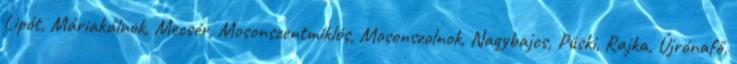
Lipót, Máriakálnok, Mecsér, Mosonszentmiklós, Mosonszolnok, Nagybajcs, Püski, Rajka, Újrónafő,